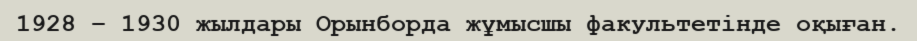
1928 – 1930 жылдары Орынборда жұмысшы факультетінде оқыған.